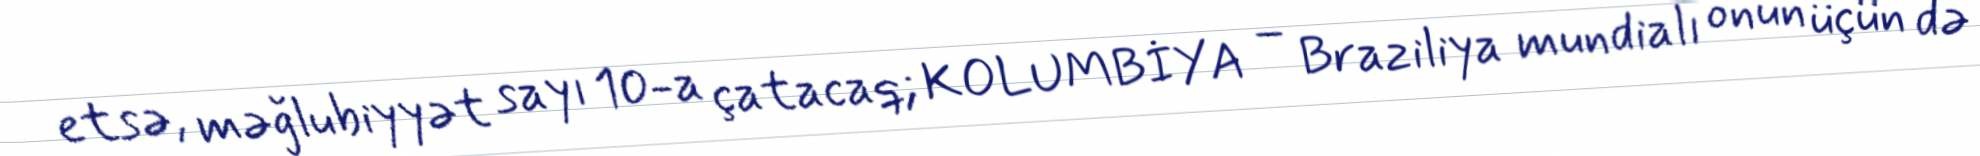
etsə, məğlubiyyət sayı 10-a çatacaq; KOLUMBİYA – Braziliya mundialı onun üçün də